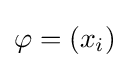
\varphi =\left(x_{i}\right)